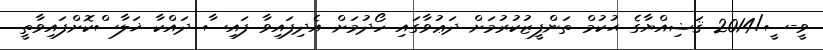
ވީ-ސީ/2014 ޤަޟިއްޔާގެ ޙުކުމް ތަންފީޒުކުރުމަށް ދަޢުވާގައި ހޯދުމަށް އެދިފައިވާ ފައިސާ ދައްކާ ޚަލާސްކޮށްފައިވާތީ